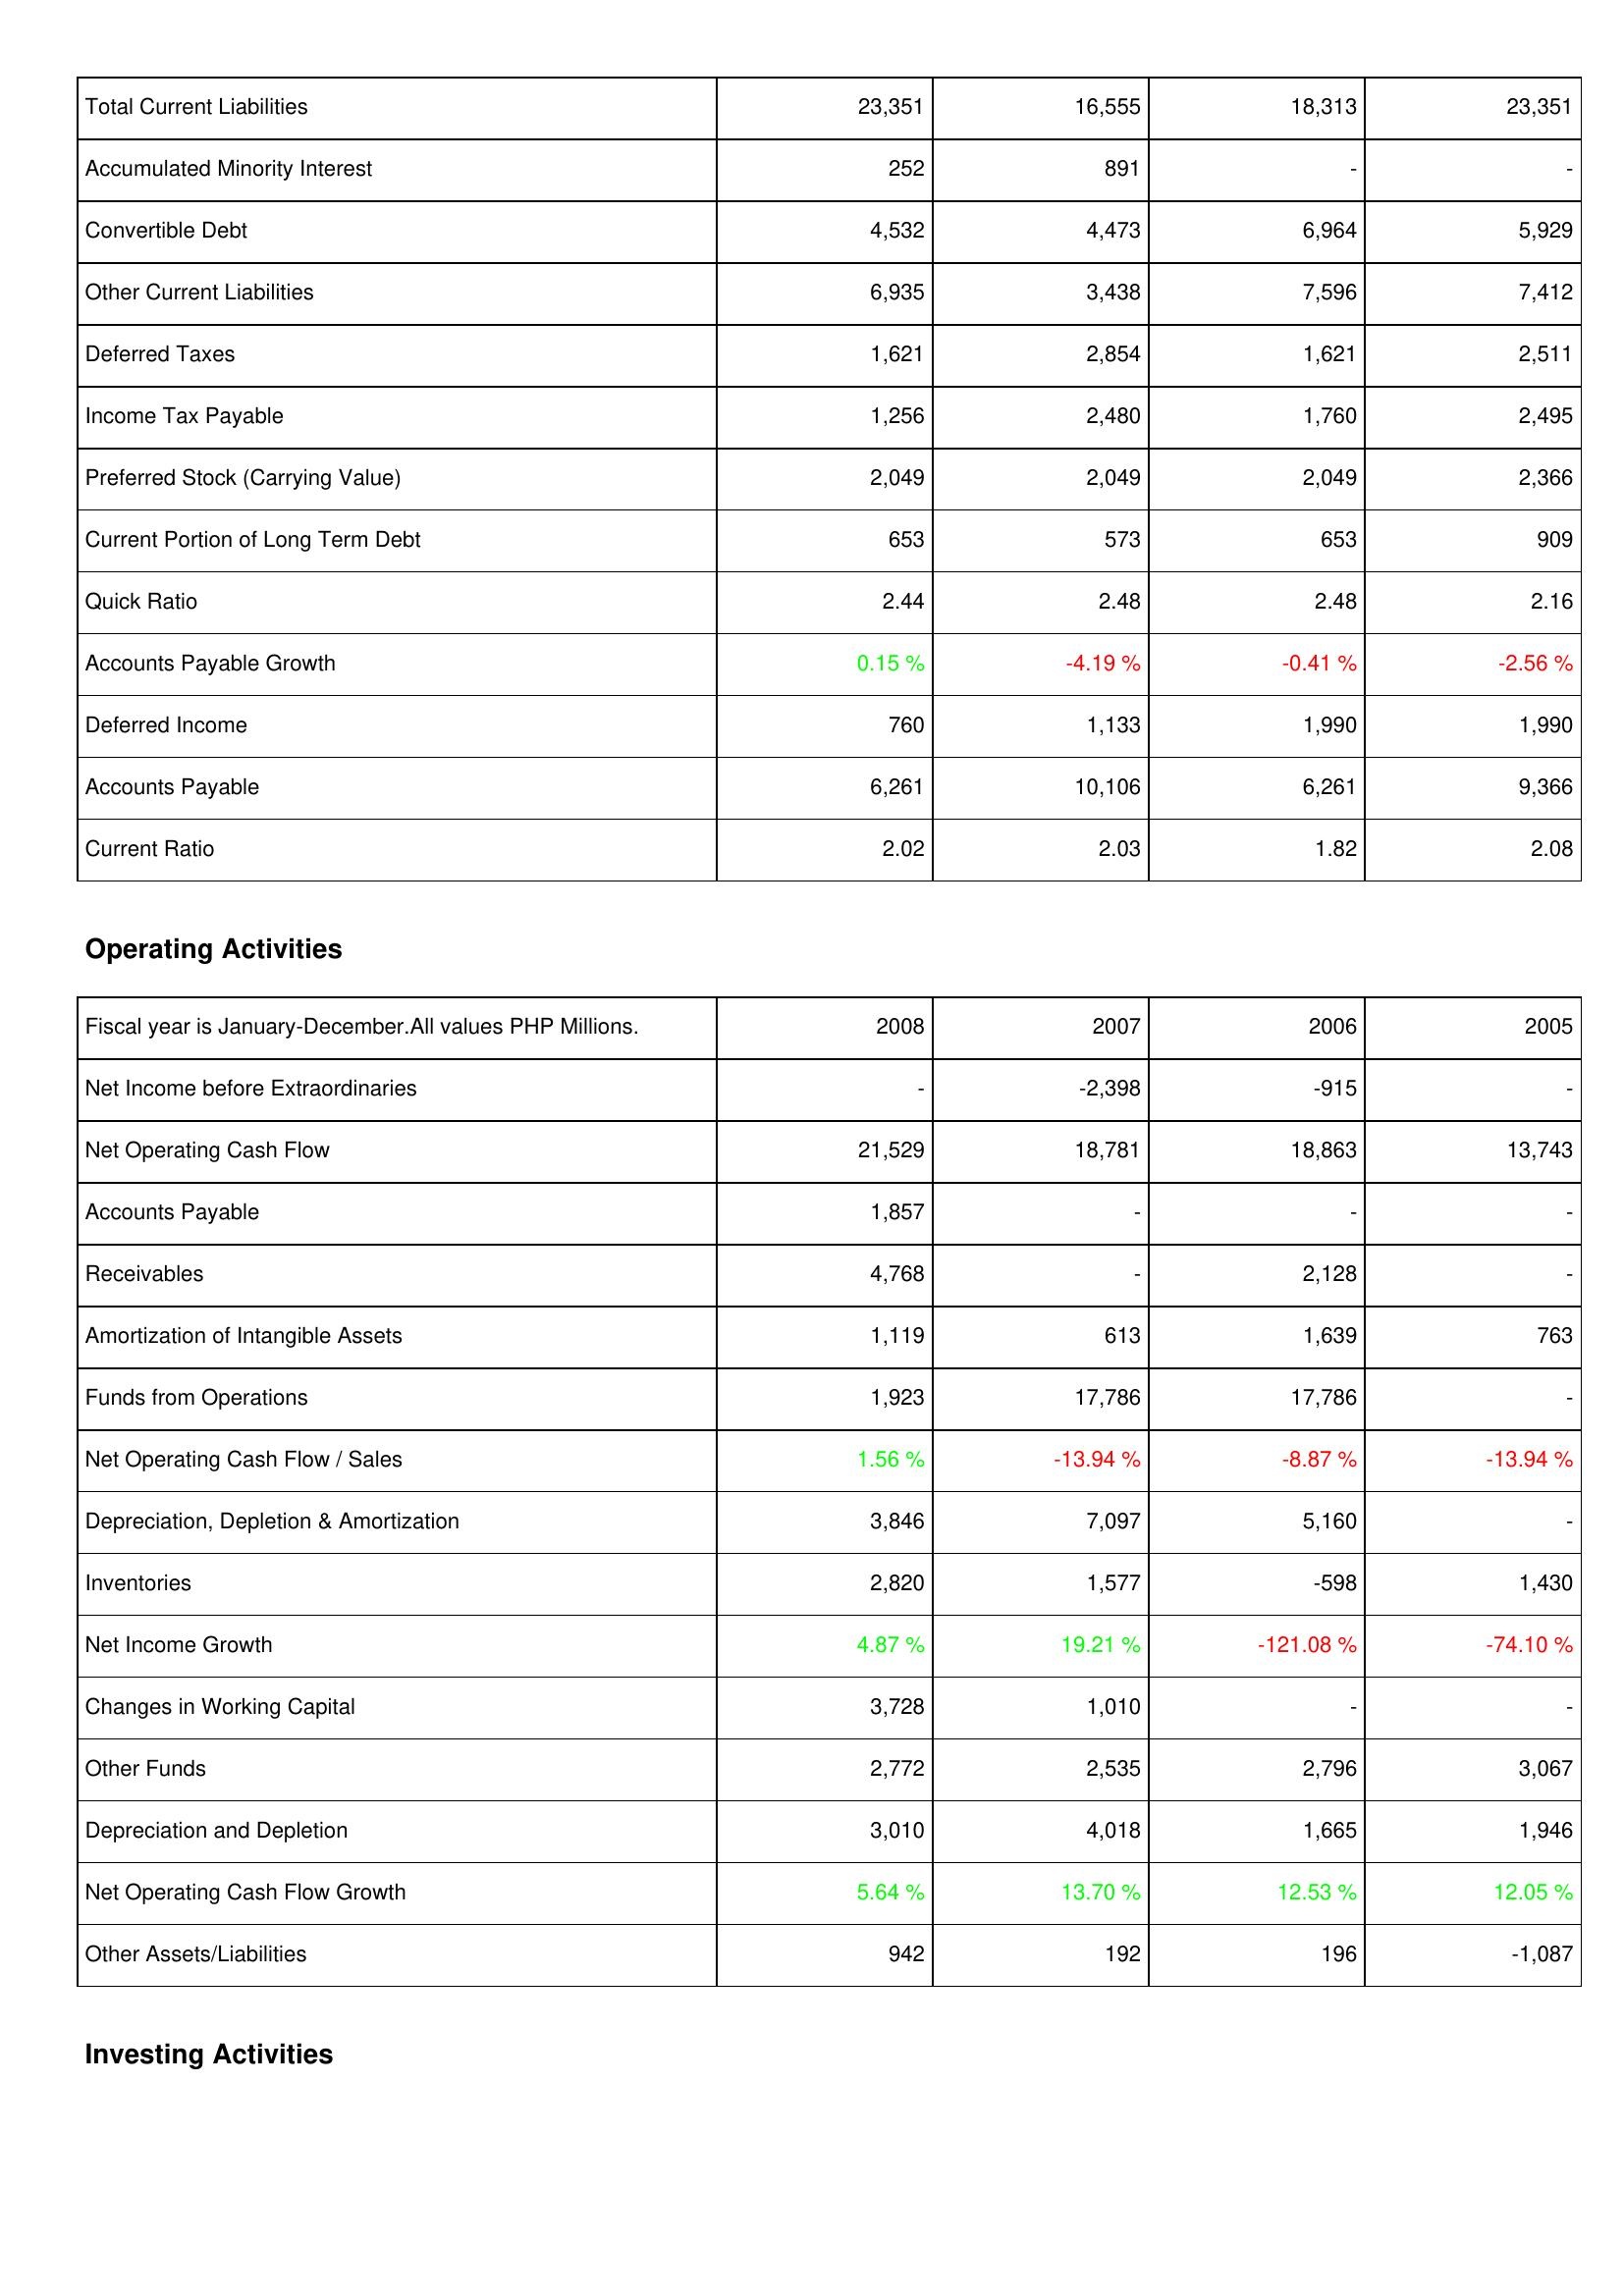
2008: Liabilities & Shareholders' Equity: Total Current Liabilities: 23,351
Accumulated Minority Interest: 252
Convertible Debt: 4,532
Other Current Liabilities: 6,935
Deferred Taxes: 1,621
Income Tax Payable: 1,256
Preferred Stock (Carrying Value): 2,049
Current Portion of Long Term Debt: 653
Quick Ratio: 2.44
Accounts Payable Growth: 0.15 %
Deferred Income: 760
Accounts Payable: 6,261
Current Ratio: 2.02
Operating Activities: Net Income before Extraordinaries: -
Net Operating Cash Flow: 21,529
Accounts Payable: 1,857
Receivables: 4,768
Amortization of Intangible Assets: 1,119
Funds from Operations: 1,923
Net Operating Cash Flow / Sales: 1.56 %
Depreciation, Depletion & Amortization: 3,846
Inventories: 2,820
Net Income Growth: 4.87 %
Changes in Working Capital: 3,728
Other Funds: 2,772
Depreciation and Depletion: 3,010
Net Operating Cash Flow Growth: 5.64 %
Other Assets/Liabilities: 942
2007: Liabilities & Shareholders' Equity: Total Current Liabilities: 16,555
Accumulated Minority Interest: 891
Convertible Debt: 4,473
Other Current Liabilities: 3,438
Deferred Taxes: 2,854
Income Tax Payable: 2,480
Preferred Stock (Carrying Value): 2,049
Current Portion of Long Term Debt: 573
Quick Ratio: 2.48
Accounts Payable Growth: -4.19 %
Deferred Income: 1,133
Accounts Payable: 10,106
Current Ratio: 2.03
Operating Activities: Net Income before Extraordinaries: -2,398
Net Operating Cash Flow: 18,781
Accounts Payable: -
Receivables: -
Amortization of Intangible Assets: 613
Funds from Operations: 17,786
Net Operating Cash Flow / Sales: -13.94 %
Depreciation, Depletion & Amortization: 7,097
Inventories: 1,577
Net Income Growth: 19.21 %
Changes in Working Capital: 1,010
Other Funds: 2,535
Depreciation and Depletion: 4,018
Net Operating Cash Flow Growth: 13.70 %
Other Assets/Liabilities: 192
2006: Liabilities & Shareholders' Equity: Total Current Liabilities: 18,313
Accumulated Minority Interest: -
Convertible Debt: 6,964
Other Current Liabilities: 7,596
Deferred Taxes: 1,621
Income Tax Payable: 1,760
Preferred Stock (Carrying Value): 2,049
Current Portion of Long Term Debt: 653
Quick Ratio: 2.48
Accounts Payable Growth: -0.41 %
Deferred Income: 1,990
Accounts Payable: 6,261
Current Ratio: 1.82
Operating Activities: Net Income before Extraordinaries: -915
Net Operating Cash Flow: 18,863
Accounts Payable: -
Receivables: 2,128
Amortization of Intangible Assets: 1,639
Funds from Operations: 17,786
Net Operating Cash Flow / Sales: -8.87 %
Depreciation, Depletion & Amortization: 5,160
Inventories: -598
Net Income Growth: -121.08 %
Changes in Working Capital: -
Other Funds: 2,796
Depreciation and Depletion: 1,665
Net Operating Cash Flow Growth: 12.53 %
Other Assets/Liabilities: 196
2005: Liabilities & Shareholders' Equity: Total Current Liabilities: 23,351
Accumulated Minority Interest: -
Convertible Debt: 5,929
Other Current Liabilities: 7,412
Deferred Taxes: 2,511
Income Tax Payable: 2,495
Preferred Stock (Carrying Value): 2,366
Current Portion of Long Term Debt: 909
Quick Ratio: 2.16
Accounts Payable Growth: -2.56 %
Deferred Income: 1,990
Accounts Payable: 9,366
Current Ratio: 2.08
Operating Activities: Net Income before Extraordinaries: -
Net Operating Cash Flow: 13,743
Accounts Payable: -
Receivables: -
Amortization of Intangible Assets: 763
Funds from Operations: -
Net Operating Cash Flow / Sales: -13.94 %
Depreciation, Depletion & Amortization: -
Inventories: 1,430
Net Income Growth: -74.10 %
Changes in Working Capital: -
Other Funds: 3,067
Depreciation and Depletion: 1,946
Net Operating Cash Flow Growth: 12.05 %
Other Assets/Liabilities: -1,087